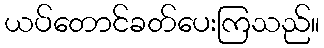
ယပ်တောင်ခတ်ပေးကြသည်။